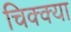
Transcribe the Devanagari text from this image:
चिक्क्या